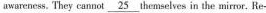
awareness. They cannot \underline { 2 5 } themselves in the mirror. Rer-